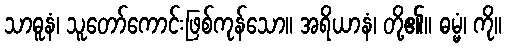
သာဓူနံ၊ သူတော်ကောင်းဖြစ်ကုန်သော။ အရိယာနံ၊ တို့၏။ ဓမ္မံ၊ ကို။